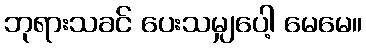
ဘုရားသခင် ပေးသမျှပေါ့ မေမေ။